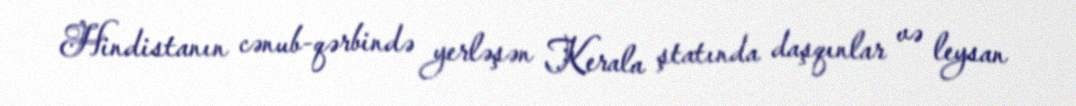
Hindistanın cənub-qərbində yerləşən Kerala ştatında daşqınlar və leysan